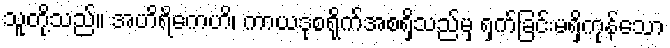
သူတို့သည်။ အဟိရိကေဟိ၊ ကာယဒုစရိုက်အစရှိသည်မှ ရှက်ခြင်းမရှိကုန်သော